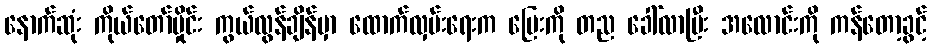
နောက်ဆုံး ကိုယ်တော်မှိုင်း ကွယ်လွန်ချိန်မှာ ထောက်လှမ်းရေးက မြေးကို တည ခေါ်လာပြီး အလောင်းကို ကန်တော့ခွင့်